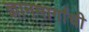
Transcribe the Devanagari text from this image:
ज्ञानमार्गाची